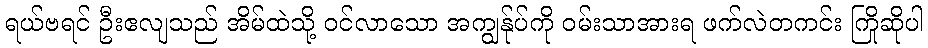
ရယ်ဗရင် ဦးဧလျသည် အိမ်ထဲသို့ ဝင်လာသော အကျွန်ုပ်ကို ဝမ်းသာအားရ ဖက်လဲတကင်း ကြိုဆိုပါ